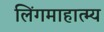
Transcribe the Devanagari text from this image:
लिंगमाहात्म्य